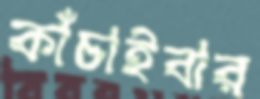
কাঁচাইবার